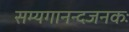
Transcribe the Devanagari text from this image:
सम्यगानन्दजनकः